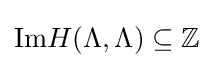
{\text{Im}}H(\Lambda ,\Lambda )\subseteq \mathbb {Z}